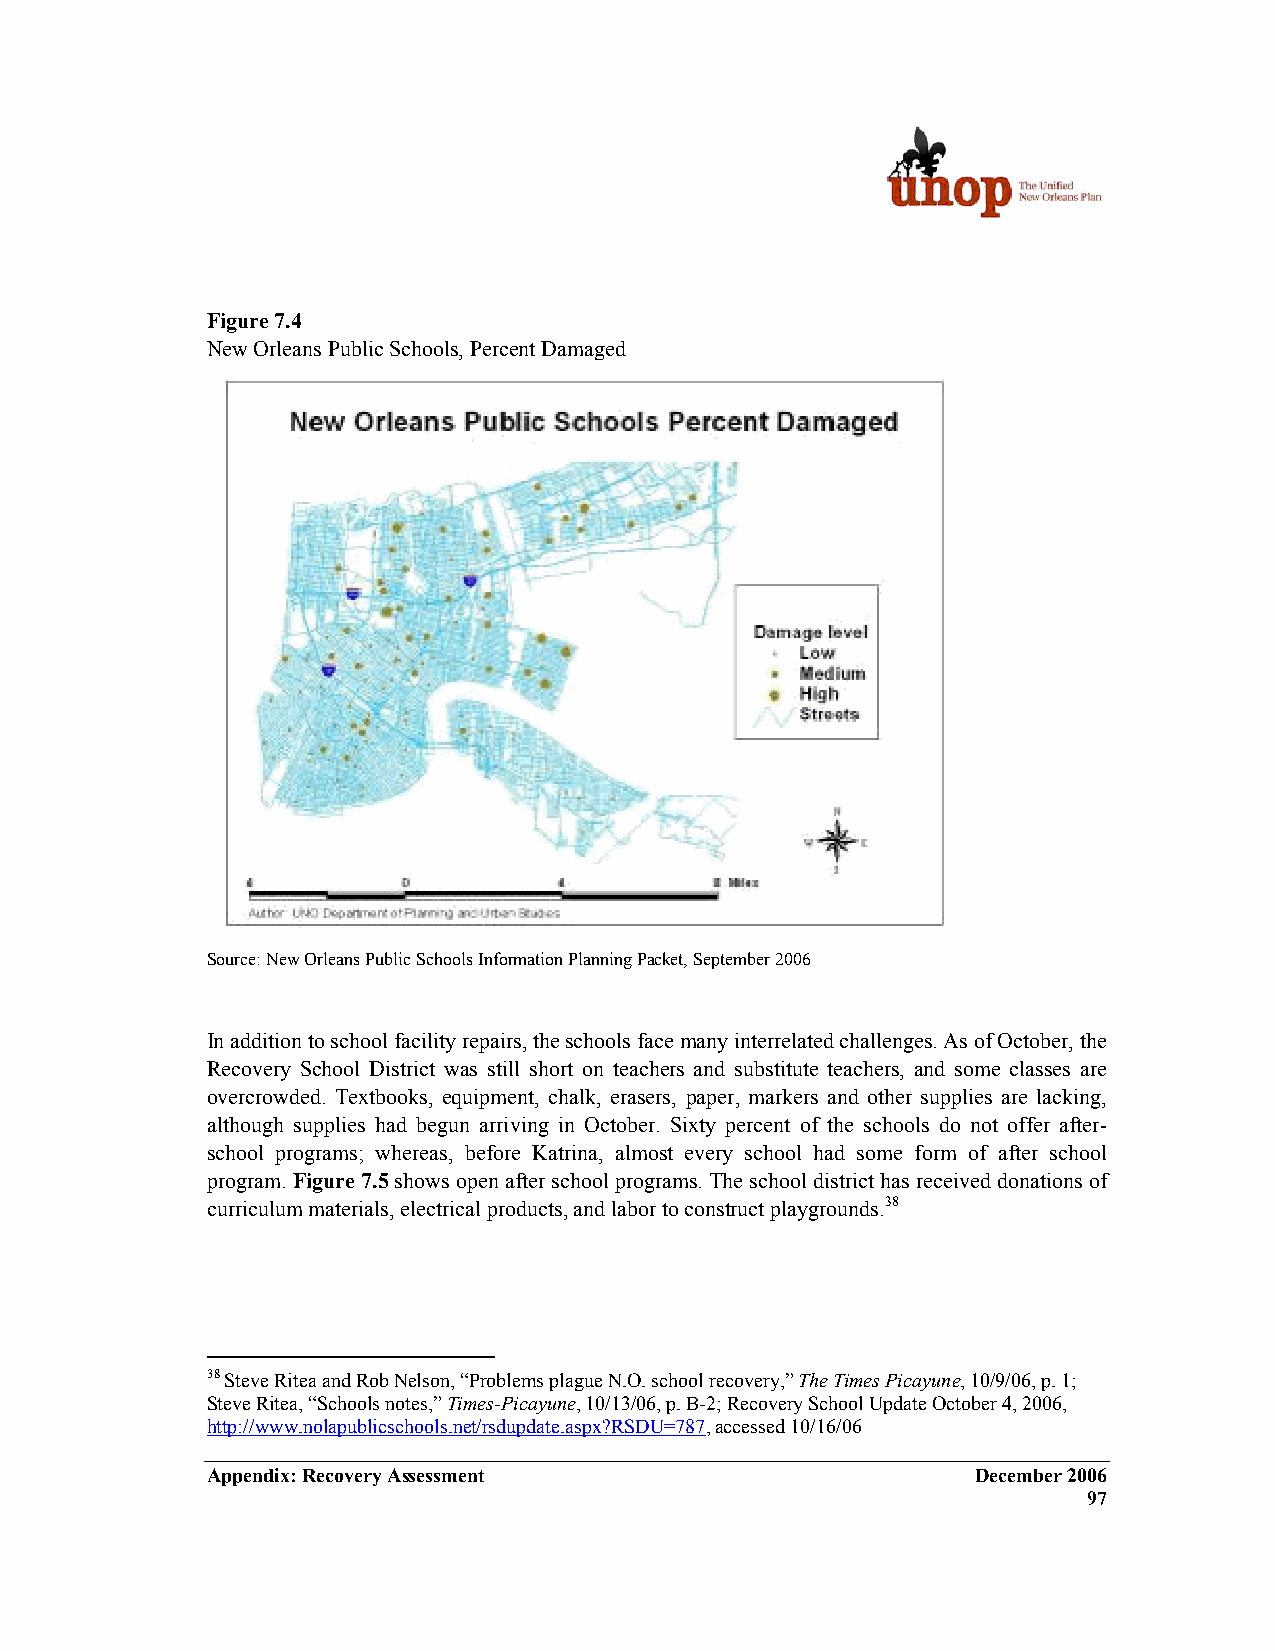
Figure 7.4
 New Orleans Public Schools, Percent Damaged
 Source: New Orleans Public Schools Information Planning Packet, September 2006
 In addition to school facility repairs, the schools face many interrelated challenges. As of October, the
 Recovery School District was still short on teachers and substitute teachers, and some classes are
 overcrowded. Textbooks, equipment, chalk, erasers, paper, markers and other supplies are lacking,
 although supplies had begun arriving in October. Sixty percent of the schools do not offer after-
 school programs; whereas, before Katrina, almost every school had some form of after school
 program. Figure 7.5 shows open after school programs. The school district has received donations of
 curriculum materials, electrical products, and labor to construct playgrounds.38
 38 Steve Ritea and Rob Nelson, “Problems plague N.O. school recovery,” The Times Picayune, 10/9/06, p. 1;
 Steve Ritea, “Schools notes,” Times-Picayune, 10/13/06, p. B-2; Recovery School Update October 4, 2006,
 http://www.nolapublicschools.net/rsdupdate.aspx?RSDU=787, accessed 10/16/06
 Appendix: Recovery Assessment                      December 2006
 97